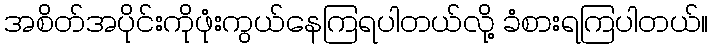
အစိတ်အပိုင်းကိုဖုံးကွယ်နေကြရပါတယ်လို့ ခံစားရကြပါတယ်။